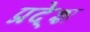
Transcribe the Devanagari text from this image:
प्रदे्श